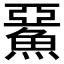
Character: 𩸖